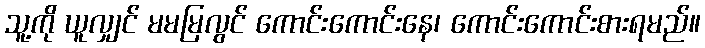
သူ့ကို ယူလျှင် မမမြလွင် ကောင်းကောင်းနေ၊ ကောင်းကောင်းစားရမည်။